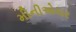
મીનીએચર